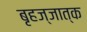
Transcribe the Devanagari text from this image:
बृहज्जात्क